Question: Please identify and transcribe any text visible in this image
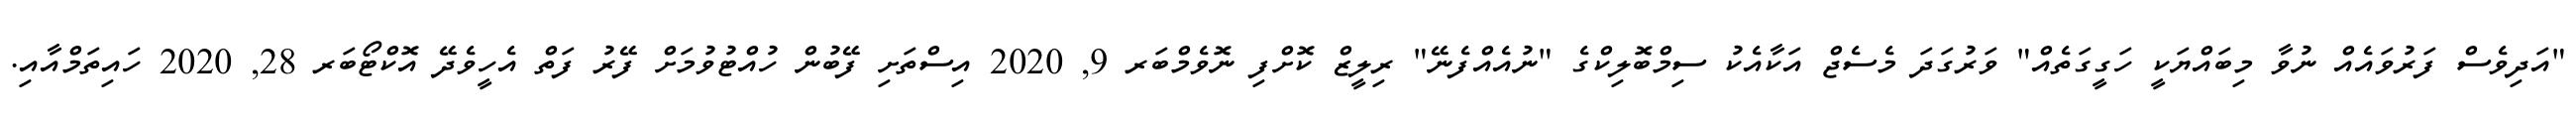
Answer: "އަދިވެސް ފަރުވައެއް ނުވާ މިބައްޔަކީ ހަގީގަތެއް" ވަރުގަދަ މެސެޖް އަކާއެކު ސިމްބޮލިކްގެ "ނުއެއްފެނޭ" ރިލީޒް ކޮށްފި ނޮވެމްބަރ 9, 2020 އިސްތަށި ފޭބުން ހުއްޓުވުމަށް ފޭރު ފަތް އެހީވެދޭ އޮކްޓޯބަރ 28, 2020 ހައިތަމްއާއި.